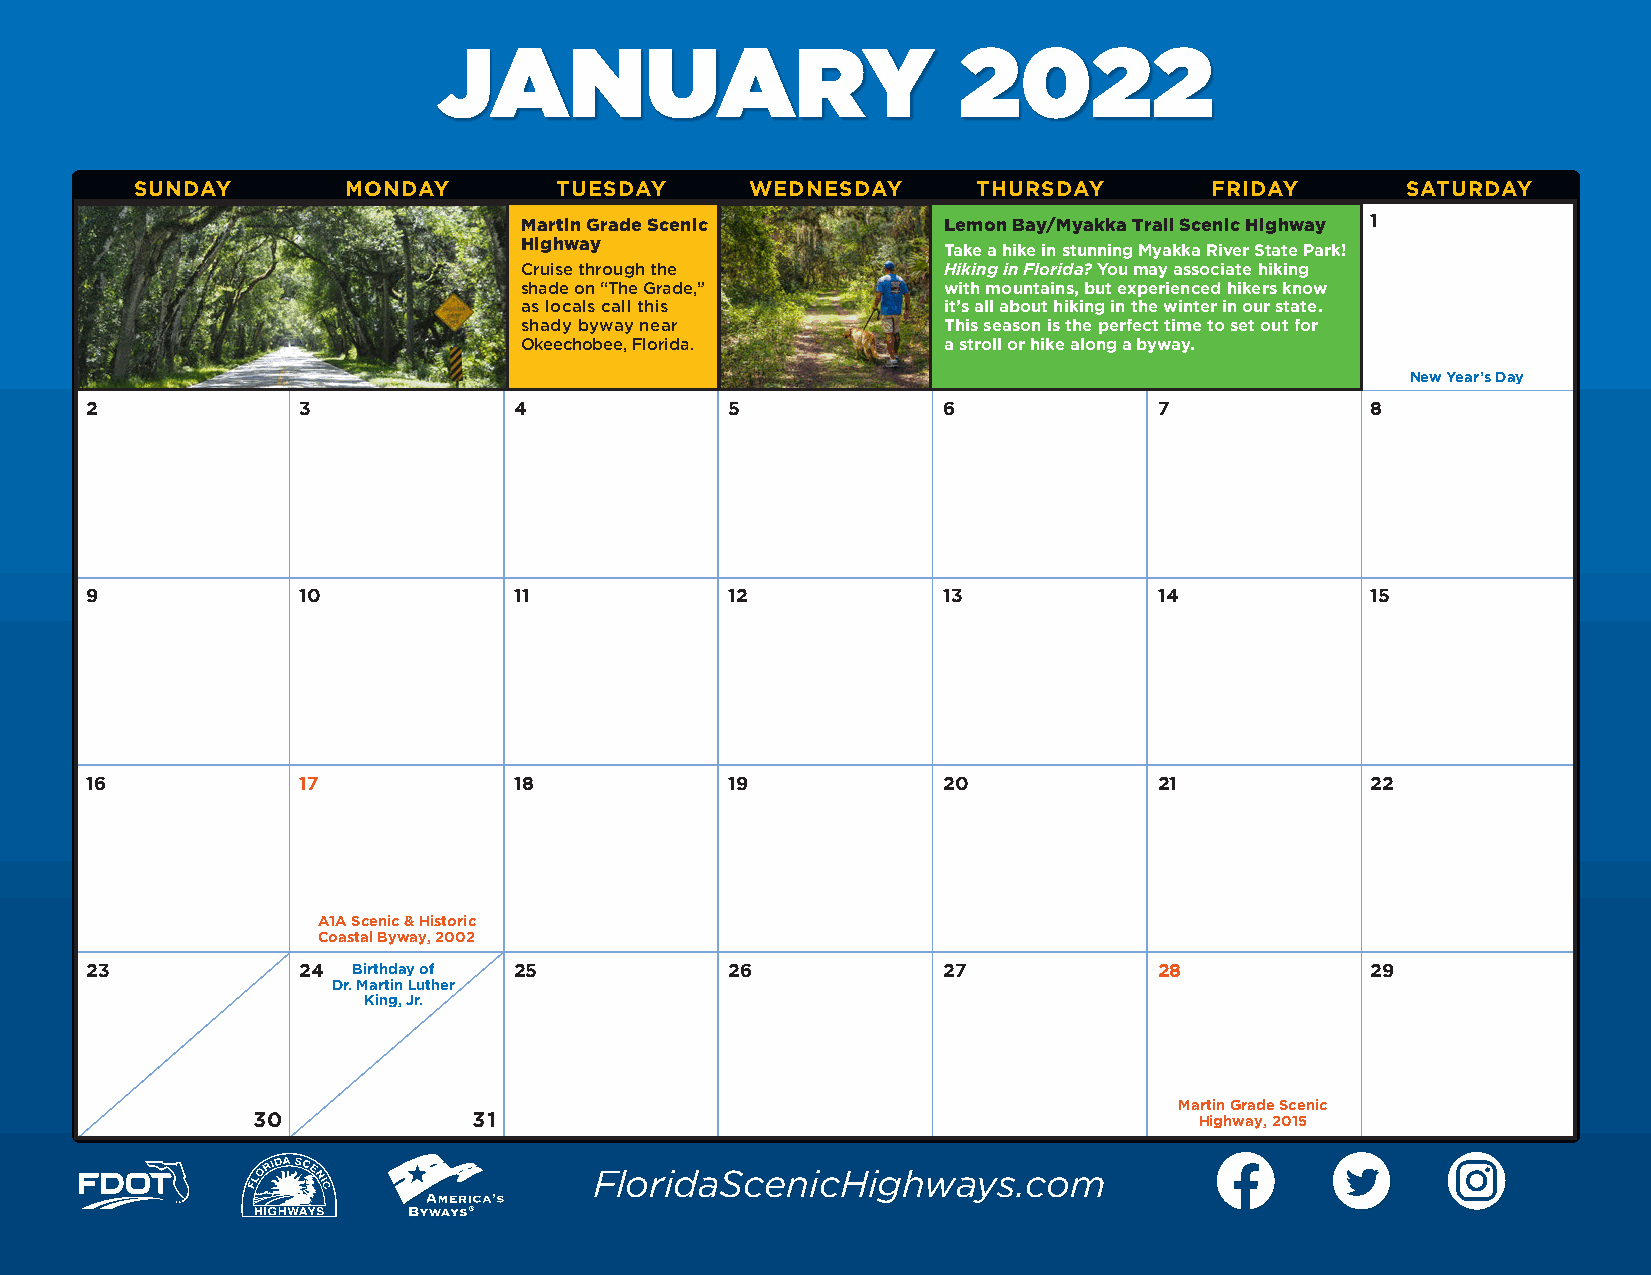
JANUARY                           2022
 SUNDAY        MONDAY        TUESDAY      WEDNESDAY      THURSDAY       FRIDAY       SATURDAY
 1
 Martin Grade Scenic         Lemon Bay/Myakka Trail Scenic Highway
 Highway
 Take a hike in stunning Myakka River State Park!
 Cruise through the          Hiking in Florida? You may associate hiking
 shade on “The Grade,”       with mountains, but experienced hikers know
 as locals call this         it’s all about hiking in the winter in our state.
 shady byway near            This season is the perfect time to set out for
 Okeechobee, Florida.        a stroll or hike along a byway.
 New Year’s Day
 2             3             4             5             6              7             8
 9             10            11            12            13             14            15
 16            17            18            19            20             21            22
 A1A Scenic & Historic
 Coastal Byway, 2002
 23            24 Birthday of 25           26            27             28            29
 Dr. Martin Luther
 King, Jr.
 Martin Grade Scenic
 30            31                                              Highway, 2015
 FloridaScenicHighways.com